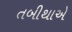
તબીથાએ